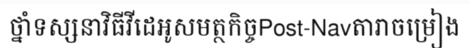
ថ្នាំទស្សនាវិធីវីដេអូសមត្ថកិច្ចPost-Navតារាចម្រៀង